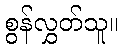
စွန်လွှတ်သူ။